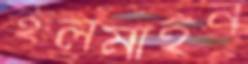
স্থলমাইন